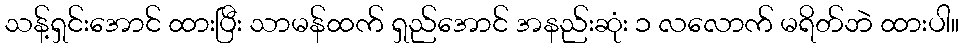
သန့်ရှင်းအောင် ထားပြီး သာမန်ထက် ရှည်အောင် အနည်းဆုံး ၁ လလောက် မရိတ်ဘဲ ထားပါ။